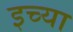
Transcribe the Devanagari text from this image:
इच्या